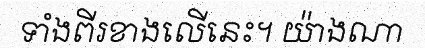
ទាំងពីរខាងលើនេះ។ យ៉ាងណា